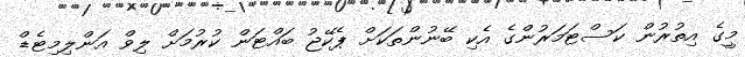
މީގެ އިތުރުން ކަސްޓަމަރުންގެ އެކި ބޭނުންތަކަށް ޕެކޭޖު ބައްޓަން ކުރުމަށް ލިވް އަންލިމިޓެޑް